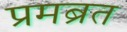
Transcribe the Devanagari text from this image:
प्रमब्रत